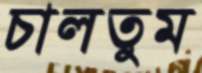
চালতুম